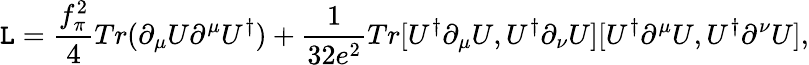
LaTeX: {\cal\mathtt{L}}=\frac{{f_{\pi}^{2}}}{{4}}Tr(\partial_{\mu}U\partial^{\mu}U^{\dagger})+\frac{{1}}{{32e^{2}}}Tr[U^{\dagger}\partial_{\mu}U,U^{\dagger}\partial_{\nu}U][U^{\dagger}\partial^{\mu}U,U^{\dagger}\partial^{\nu}U],